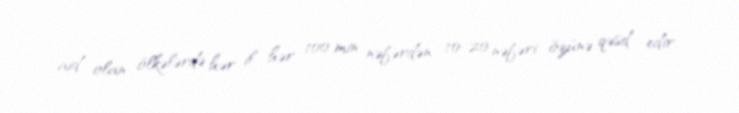
aid olan ölkələrdə hər il hər 100 min nəfərdən 10-20 nəfəri özünə qəsd edir.